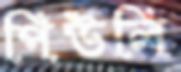
পিউলি